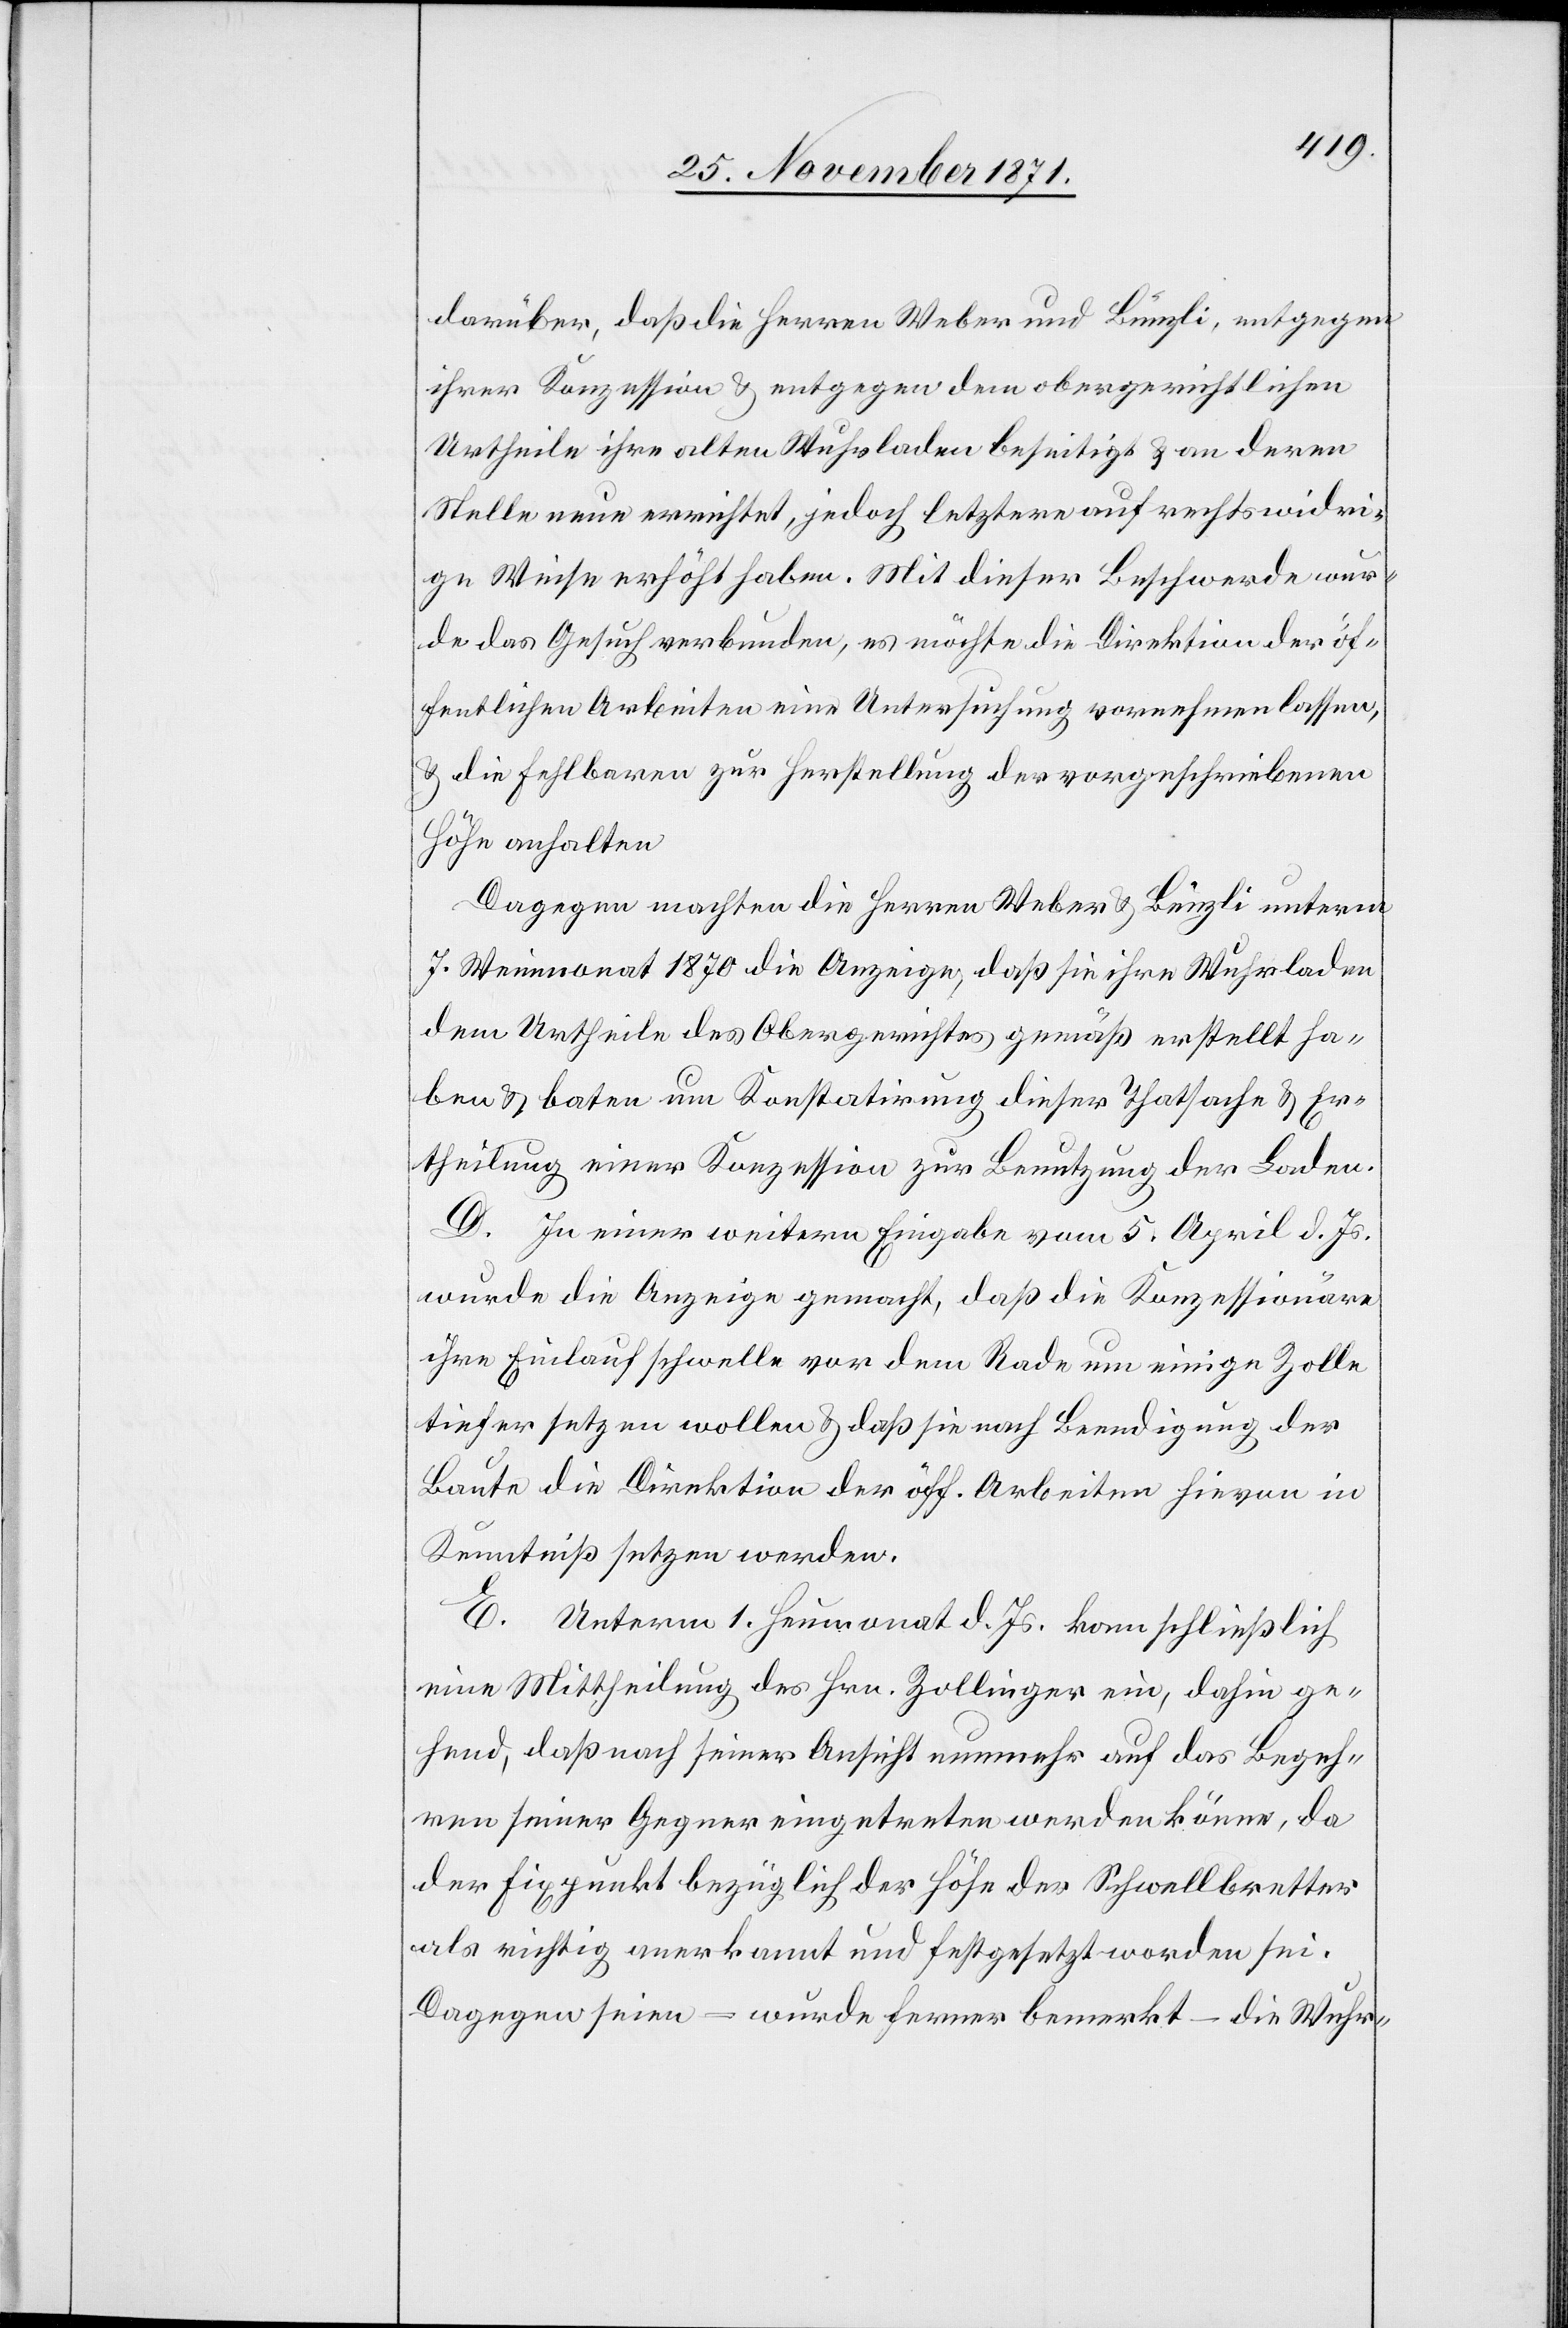
darüber, daß die Herren Weber und Bünzli, entgegen
ihrer Konzession & entgegen dem obergerichtlichen
Urtheile ihre alten Wuhrladen beseitigt & an deren
Stelle neue errichtet, jedoch letztere auf rechtswidri¬
ge Weise erhöht haben. Mit dieser Beschwerde wur¬
de das Gesuch verbunden, es möchte die Direktion der öf¬
fentlichen Arbeiten eine Untersuchung vornehmen lassen,
& die Fehlbaren zur Herstellung der vorgeschriebenen
Höhe anhalten.
Dagegen machten die Herren Weber & Bünzli unterm
7. Weinmonat 1870 die Anzeige, daß sie ihre Wuhrladen
dem Urtheile des Obergerichtes gemäß erstellt ha¬
ben & baten um Konstatirung dieser Thatsache & Er¬
theilung einer Konzession zur Benutzung der Laden.
D. In einer weitern Eingabe vom 5. April d. Js.
wurde die Anzeige gemacht, daß die Konzessionäre
ihre Einlaufschwelle vor dem Rade um einige Zolle
tiefer setzen wollen & daß sie nach Beendigung der
Baute die Direktion der öff. Arbeiten hievon in
Kenntniß setzen werden.
E. Unterm 1. Heumonat d. Js. kam schließlich
eine Mittheilung des Hrn. Zollinger ein, dahin ge¬
hend, daß nach seiner Ansicht nunmehr auf das Begeh¬
ren seiner Gegner eingetreten werden könne, da
der Fixpunkt bezüglich der Höhe der Schwellbretter
als richtig anerkannt und festgesetzt worden sei.
Dagegen seien – wurde ferner bemerkt – die Wuhr-